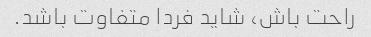
راحت باش، شاید فردا متفاوت باشد.